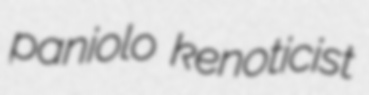
paniolo kenoticist